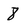
Character: 8